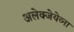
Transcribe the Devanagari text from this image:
अलेक्जेयेव्ना